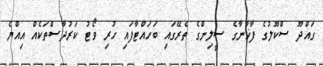
ގައްދޫ ސްކޫލުގެ ފާޚާނާގެ ސީލިންގެ ތެރޭގައި ބަހައްޓާފައި ހުރި ވޯޓު ކަރުދާސްތަކެއް އިއްޔެ